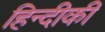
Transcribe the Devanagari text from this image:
हिन्दीकी